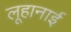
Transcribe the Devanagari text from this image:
लूहानाई